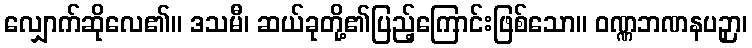
လျှောက်ဆိုလေ၏။ ဒသမီ၊ ဆယ်ခုတို့၏ပြည့်ကြောင်းဖြစ်သော။ ဝဏ္ဏဘဏနပဉှာ၊